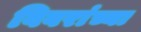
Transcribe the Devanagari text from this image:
विवरांच्या